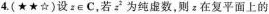
4.(★★☆)设z\in C，若z^{2}为纯虚数，则z在复平面上的